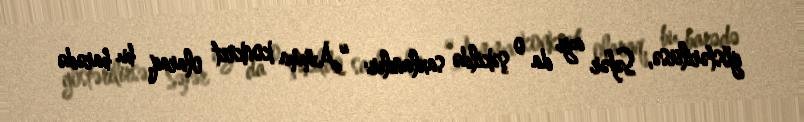
göstərilirsə, Səfər ayı da o şəkildə saxlanılır: “Amma konkret olaraq, bu barədə